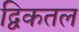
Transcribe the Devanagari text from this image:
द्विकतल